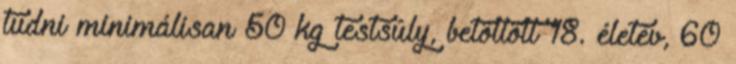
tudni minimálisan 50 kg testsúly, betöltött 18. életév, 60